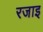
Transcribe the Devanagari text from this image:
रजाइ